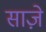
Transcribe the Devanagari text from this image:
साज़े